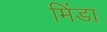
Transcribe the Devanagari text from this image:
मिंडा